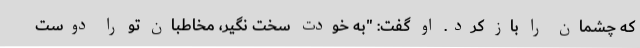
که چشمان را باز کرد. او گفت: "به خودت سخت نگیر، مخاطبان تو را دوست